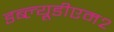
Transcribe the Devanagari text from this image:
डब्ल्यूडीएम२